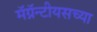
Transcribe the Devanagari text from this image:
मॅग्नॅन्टीयसच्या